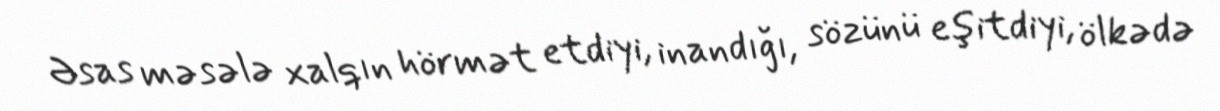
Əsas məsələ xalqın hörmət etdiyi, inandığı, sözünü eşitdiyi, ölkədə